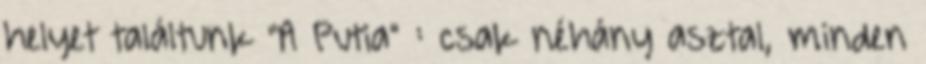
helyet találtunk "A Putia" : csak néhány asztal, minden